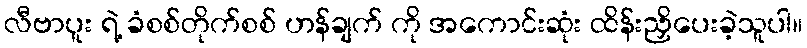
လီဗာပူး ရဲ့ ခံစစ်တိုက်စစ် ဟန်ချက် ကို အကောင်းဆုံး ထိန်းညှိပေးခဲ့သူပါ။